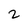
Character: 2